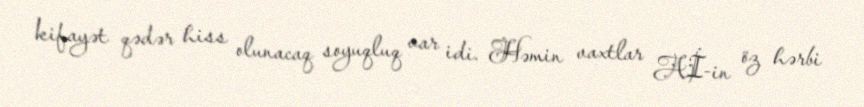
kifayət qədər hiss olunacaq soyuqluq var idi. Həmin vaxtlar Aİ-in öz hərbi